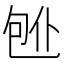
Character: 𱐸